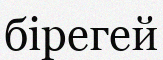
бірегей